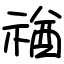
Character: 禉